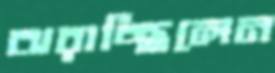
ঝরাচ্ছিলেন